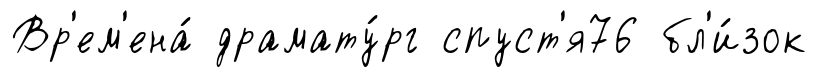
Вр'ем'ена́ драмату́рг спуст'я76 бл'и́зок